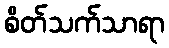
စိတ်သက်သာရာ